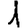
Digit: 1